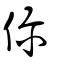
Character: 你